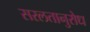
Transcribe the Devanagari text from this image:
सरलतानुरोध